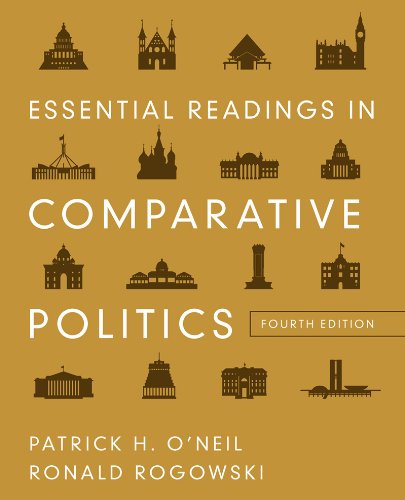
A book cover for Essential Readings in Comparative Politics (Fourth Edition); Law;